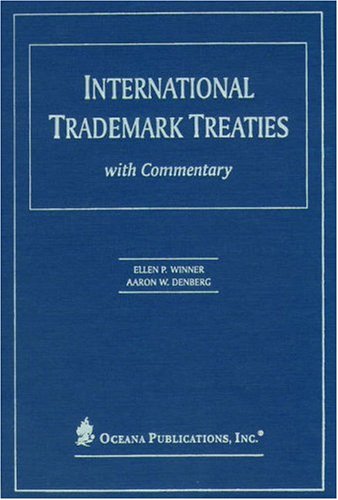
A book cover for International Trademark Treaties with Commentary; Ellen P. Winner; Business & Money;